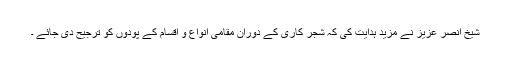
شیخ انصر عزیز نے مزید ہدایت کی کہ شجر کاری کے دوران مقامی انواع و اقسام کے پودوں کو ترجیح دی جائے ۔